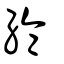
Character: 綸